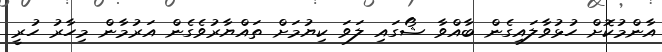
އާންމުކޮށް ހުޅުވާލައިގެން ބާއްވާ ޝޯގައި ލަވަ ކިޔުމަށް ތައްޔާރުވެގެން އަރުމާން މިހާރު ހުރީ